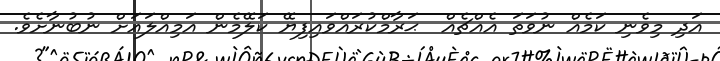
އަދި މިވެނި ކަމެއް ނުވަތަ އެއްޗެއް  ޙަރާމްކުރައްވައިފިޔޭ ކަލޭމެން އަމިއްލައަށް ނުބުނާށެވެ.